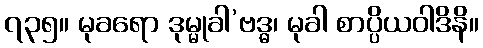
၇၃၅။ မုခရော ဒုမ္မုခါ’ဗဒ္ဓ၊ မုခါ စာပ္ပိယဝါဒိနိ။